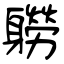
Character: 軂